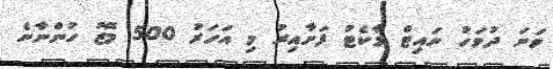
ވަނަ ދުވަހު ނައިޓް މާކެޓު ފަށާއިރު މި އަހަރު 500 މޭޒު ހުންނާނެ